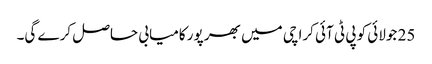
25 جولائی کو پی ٹی آئی کراچی میں بھر پور کامیابی حاصل کرے گی۔